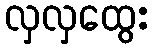
လှလှထွေး